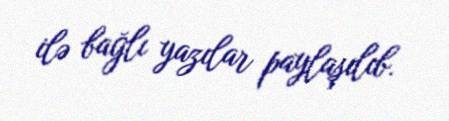
ilə bağlı yazılar paylaşılıb.